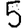
Digit: 5